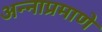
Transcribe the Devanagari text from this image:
अन्नाप्रमाणे